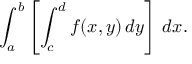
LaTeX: \int _ { a } ^ { b } \left[ \int _ { c } ^ { d } f ( x , y ) \, d y \right] \, d x .